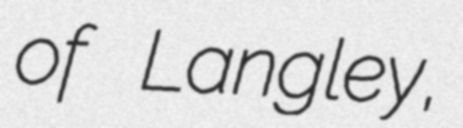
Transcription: of Langley,